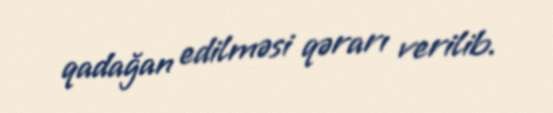
qadağan edilməsi qərarı verilib.